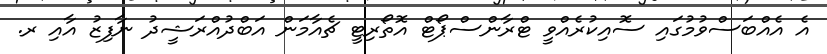
އެ އެއްބަސްވުމުގައި ސޮއިކުރެއްވީ ޓްރާންސްޕޯޓް އޮތޯރިޓީ ޗެއާމަން އަބްދުއްރަޝީދު ނާފިޒު އާއި ރ.